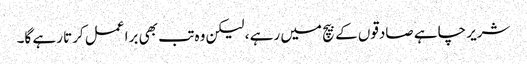
شریر چاہے صادقوں کے بیچ میں رہے ، لیکن وہ تب بھی برا عمل کرتا رہے گا۔